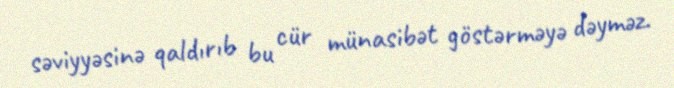
səviyyəsinə qaldırıb bu cür münasibət göstərməyə dəyməz.